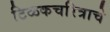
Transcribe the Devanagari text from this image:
टिळकचरित्राचे